Report on vaccination in Madras 1904-1921 - 1904-1921
Year: 1904
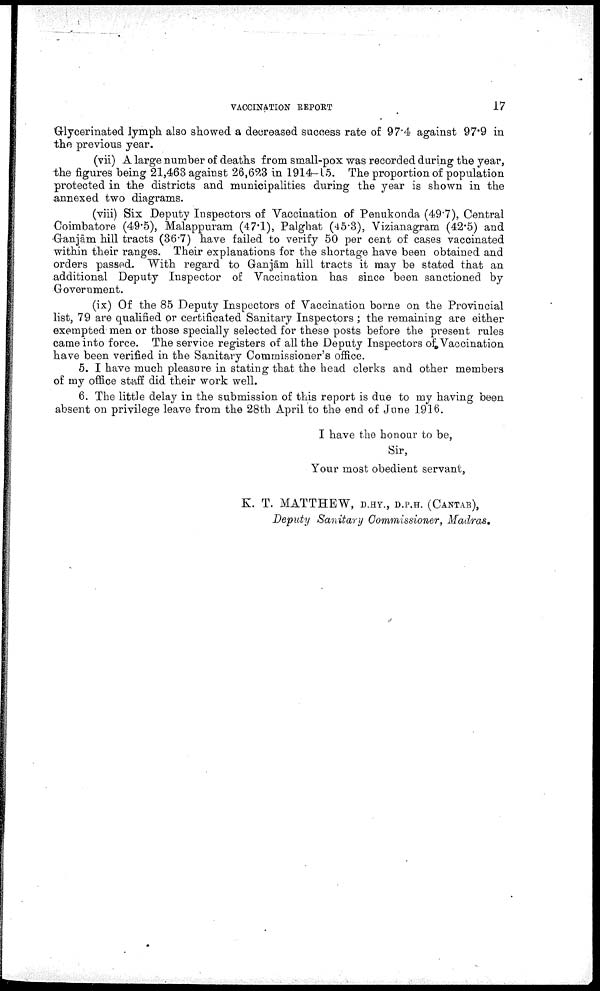
VACCINATION REPORT
17
Glycerinated lymph also showed a decreased success rate of 97.4 against 97.9 in
the previous year.
(vii) A large number of deaths from small-pox was recorded during the year,
the figures being 21,463 against 26,623 in 1914-15. The proportion of population
protected in the districts and municipalities during the year is shown in the
annexed two diagrams.
(viii) Six Deputy Inspectors of Vaccination of Penukonda (49.7), Central
Coimbatore (49.5), Malappuram (47.1), Palghat (45.3), Vizianagram (42.5) and
Ganjām hill tracts (36.7) have failed to verify 50 per cent of cases vaccinated
within their ranges. Their explanations for the shortage have been obtained and
orders passed. With regard to Ganjām hill tracts it may be stated that an
additional Deputy Inspector of Vaccination has since been sanctioned by
Government.
(ix) Of the 85 Deputy Inspectors of Vaccination borne on the Provincial
list, 79 are qualified or certificated Sanitary Inspectors ; the remaining are either
exempted men or those specially selected for these posts before the present rules
came into force. The service registers of all the Deputy Inspectors of Vaccination
have been verified in the Sanitary Commissioner's office.
5. I have much pleasure in stating that the head clerks and other members
of my office staff did their work well.
6. The little delay in the submission of this report is due to my having been
absent on privilege leave from the 28th April to the end of June 1916.
I have the honour to be,
Sir,
Your most obedient servant,
K. T. MATTHEW, D.HY., D.P.H. (CANTAB),
Deputy Sanitary Commissioner, Madras.